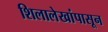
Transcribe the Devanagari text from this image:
शिलालेखांपासून